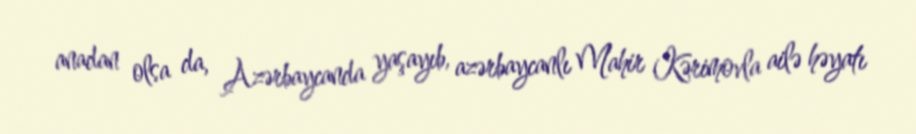
anadan olsa da, Azərbaycanda yaşayıb, azərbaycanlı Mahir Kərimovla ailə həyatı